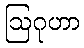
ဩဂုဟာ